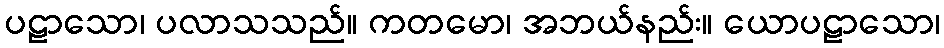
ပဠာသော၊ ပလာသသည်။ ကတမော၊ အဘယ်နည်း။ ယောပဠာသော၊